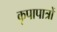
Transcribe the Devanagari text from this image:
कृपापात्रों